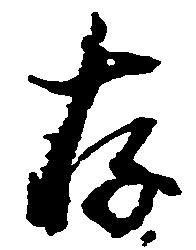
存